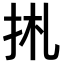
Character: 𢫄